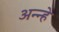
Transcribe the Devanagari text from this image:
अन्न्हे